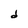
Character: d